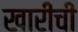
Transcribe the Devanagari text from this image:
खारीची